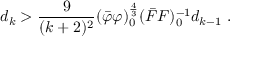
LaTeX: d _ { k } > \frac { 9 } { ( k + 2 ) ^ { 2 } } ( \bar { \varphi } \varphi ) _ { 0 } ^ { \frac { 4 } { 3 } } ( \bar { F } F ) _ { 0 } ^ { - 1 } d _ { k - 1 } \ .